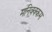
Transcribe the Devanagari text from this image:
मनिक्क्कम